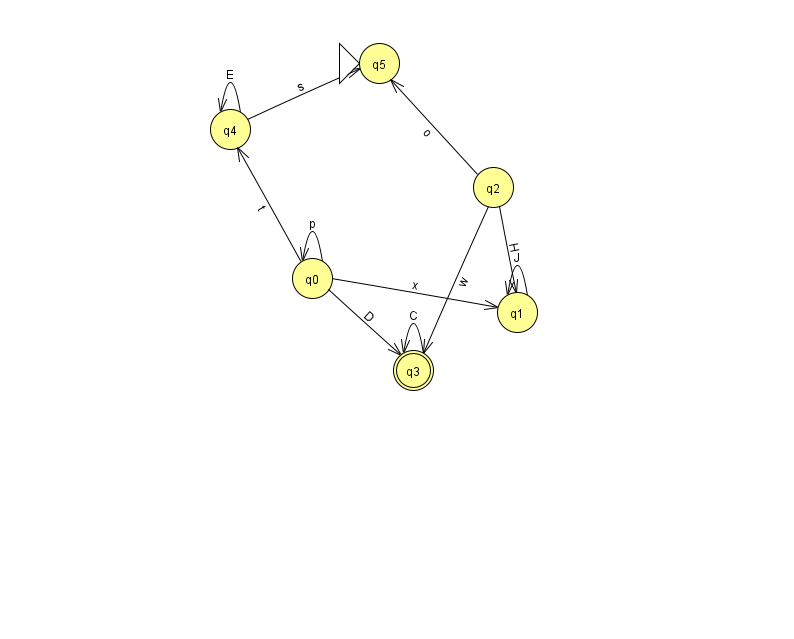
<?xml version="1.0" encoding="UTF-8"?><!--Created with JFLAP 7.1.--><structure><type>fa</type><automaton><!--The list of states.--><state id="0" name="q0"><x>312.0</x><y>265.0</y></state><state id="1" name="q1"><x>517.0</x><y>299.0</y></state><state id="2" name="q2"><x>493.0</x><y>174.0</y></state><state id="3" name="q3"><x>413.0</x><y>357.0</y><final/></state><state id="4" name="q4"><x>230.0</x><y>116.0</y></state><state id="5" name="q5"><x>379.0</x><y>50.0</y><initial/></state><!--The list of transitions.--><transition><from>0</from><to>0</to><read>p</read></transition><transition><from>2</from><to>1</to><read>H</read></transition><transition><from>3</from><to>3</to><read>C</read></transition><transition><from>4</from><to>4</to><read>E</read></transition><transition><from>0</from><to>1</to><read>x</read></transition><transition><from>0</from><to>3</to><read>D</read></transition><transition><from>1</from><to>1</to><read>J</read></transition><transition><from>0</from><to>4</to><read>t</read></transition><transition><from>2</from><to>5</to><read>o</read></transition><transition><from>2</from><to>3</to><read>w</read></transition><transition><from>4</from><to>5</to><read>s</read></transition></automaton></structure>